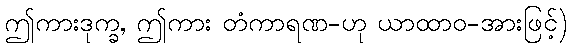
ဤကားဒုက္ခ, ဤကား တံကာရဏ-ဟု ယာထာဝ-အားဖြင့်)